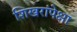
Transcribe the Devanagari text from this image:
शिखरांपेक्षा